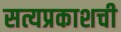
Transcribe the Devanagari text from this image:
सत्यप्रकाशची